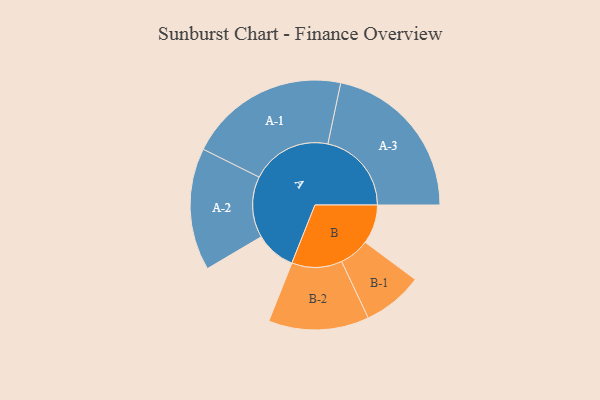
{"axis": {"x": "Segment", "y": "Value"}, "legend": ["", "A", "B"], "data": [{"x": "A", "y": 138, "type": ""}, {"x": "B", "y": 134, "type": ""}, {"x": "A-1", "y": 276, "type": "A"}, {"x": "A-2", "y": 209, "type": "A"}, {"x": "A-3", "y": 286, "type": "A"}, {"x": "B-1", "y": 103, "type": "B"}, {"x": "B-2", "y": 172, "type": "B"}]}